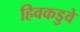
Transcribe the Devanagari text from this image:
हिवकडुवे